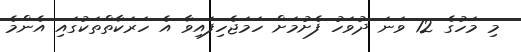
މި މަހުގެ 12 ވަނަ ދުވަހު ފެށުމަށް ހަމަޖެހިފައިވާ އެ ހަރަކާތްތަކުގައި އެންމެ